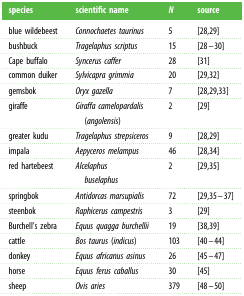
<table><thead><tr><td><b>species</b></td><td><b>scientific name</b></td><td><b><i>N</i></b></td><td><b>source</b></td></tr></thead><tbody><tr><td>blue wildebeest</td><td><i>Connochaetes taurinus</i></td><td>5</td><td>[28,29]</td></tr><tr><td>bushbuck</td><td><i>Tragelaphus scriptus</i></td><td>15</td><td>[28–30]</td></tr><tr><td>Cape buffalo</td><td><i>Syncerus caffer</i></td><td>28</td><td>[31]</td></tr><tr><td>common duiker</td><td><i>Sylvicapra grimmia</i></td><td>20</td><td>[29,32]</td></tr><tr><td>gemsbok</td><td><i>Oryx gazella</i></td><td>7</td><td>[28,29,33]</td></tr><tr><td>giraffe</td><td><i>Giraffa camelopardalis</i> (<i>angolensis</i>)</td><td>2</td><td>[29]</td></tr><tr><td>greater kudu</td><td><i>Tragelaphus strepsiceros</i></td><td>9</td><td>[28,29]</td></tr><tr><td>impala</td><td><i>Aepyceros melampus</i></td><td>46</td><td>[28,34]</td></tr><tr><td>red hartebeest</td><td><i>Alcelaphus buselaphus</i></td><td>2</td><td>[29,35]</td></tr><tr><td>springbok</td><td><i>Antidorcas marsupialis</i></td><td>72</td><td>[29,35–37]</td></tr><tr><td>steenbok</td><td><i>Raphicerus campestris</i></td><td>3</td><td>[29]</td></tr><tr><td>Burchell&#x27;s zebra</td><td><i>Equus quagga burchellii</i></td><td>19</td><td>[38,39]</td></tr><tr><td>cattle</td><td><i>Bos taurus</i> (<i>indicus</i>)</td><td>103</td><td>[40–44]</td></tr><tr><td>donkey</td><td><i>Equus africanus asinus</i></td><td>26</td><td>[45–47]</td></tr><tr><td>horse</td><td><i>Equus ferus caballus</i></td><td>30</td><td>[45]</td></tr><tr><td>sheep</td><td><i>Ovis aries</i></td><td>379</td><td>[48–50]</td></tr></tbody></table>